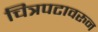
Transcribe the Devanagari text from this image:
चित्रपटावरुन